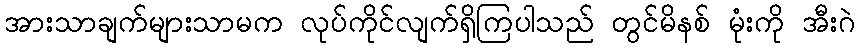
အားသာချက်များသာမက လုပ်ကိုင်လျက်ရှိကြပါသည် တွင်မိနစ် မုံးကို အီးဂဲ